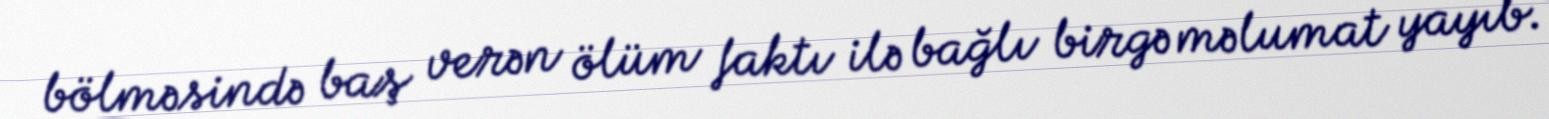
bölməsində baş verən ölüm faktı ilə bağlı birgə məlumat yayıb.